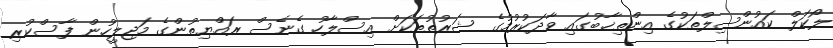
ލޯކަލް ކައުންސިލްތަކުގެ އިންތިޚާބުގައި ވާދަކުރުމުގެ ޝަރުތުތަކަށް އިސްލާހު ގެނެސް ރައްޔިތުންގެ މަޖިލީހުން ފާސްކުރި